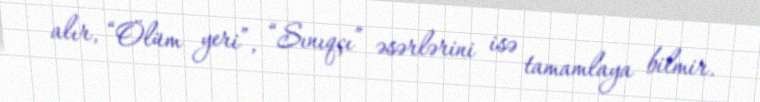
alır, “Ölüm yeri”, “Sınıqçı” əsərlərini isə tamamlaya bilmir.